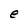
Character: e